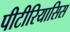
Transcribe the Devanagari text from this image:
पीटीरियासिस